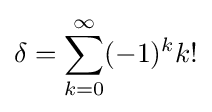
\delta =\sum _{k=0}^{\infty }(-1)^{k}k!